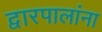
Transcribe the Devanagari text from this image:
द्वारपालांना